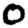
Digit: 0